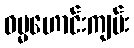
ဓမ္မဟောင်းကျမ်း